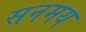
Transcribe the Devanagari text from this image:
सनमय